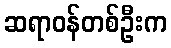
ဆရာဝန်တစ်ဦးက